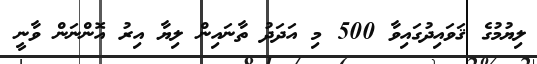
ލިޔުމުގެ ޤަވައިދުގައިވާ 500 މި އަދަދު ތާނައިން ލިޔާ އިރު އޮންނަން ވާނީ